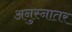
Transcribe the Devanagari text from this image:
अनुस्नातर